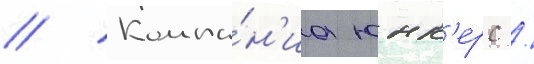
// Компа́н'иа юнк'ерс /